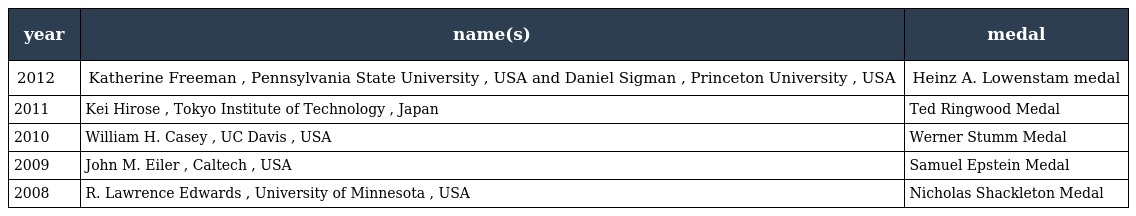
| year | name(s) | medal |
 | --- | --- | --- |
 | 2012 | Katherine Freeman , Pennsylvania State University , USA and Daniel Sigman , Princeton University , USA | Heinz A. Lowenstam medal |
 | 2011 | Kei Hirose , Tokyo Institute of Technology , Japan | Ted Ringwood Medal |
 | 2010 | William H. Casey , UC Davis , USA | Werner Stumm Medal |
 | 2009 | John M. Eiler , Caltech , USA | Samuel Epstein Medal |
 | 2008 | R. Lawrence Edwards , University of Minnesota , USA | Nicholas Shackleton Medal |